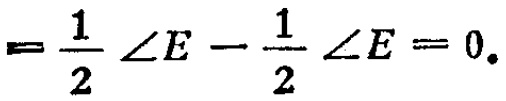
$=\frac{1}{2} \angle E-\frac{1}{2} \angle E=0 .$